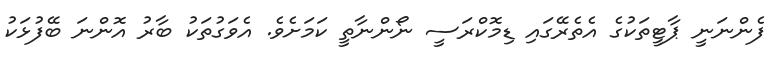
ފެންނަނީ ޕާޓީތަކުގެ އެތެރޭގައި ޑިމޮކްރަސީ ނޯންނާތީ ކަމަށެވެ. އެވަގުތަކު ބާރު އޮންނަ ބޭފުޅަކު